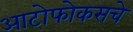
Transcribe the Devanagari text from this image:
आटोफोकसचे